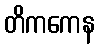
တိကကေန